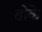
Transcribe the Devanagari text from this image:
ढोके